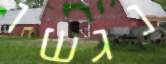
נגשו